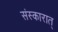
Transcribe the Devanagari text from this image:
संस्कारात्